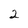
Character: 2